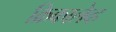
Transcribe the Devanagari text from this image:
क्रिकालेव्ह